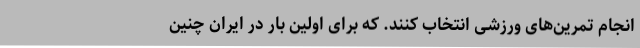
انجام تمرین‌های ورزشی انتخاب کنند. که برای اولین بار در ایران چنین